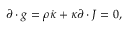
\partial \cdot g = \rho \dot { \kappa } + \kappa \partial \cdot J = 0 ,